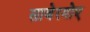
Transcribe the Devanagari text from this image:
साबेरमोए